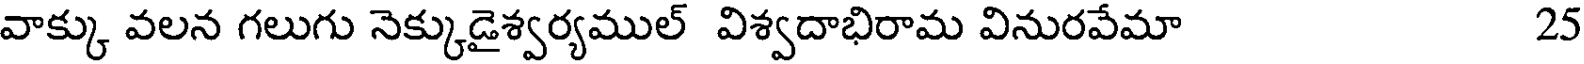
వాక్కు వలన గలుగు నెక్కుడైశ్వర్యముల్ విశ్వదాభిరామ వినురవేమా 25